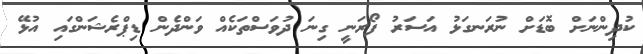
ކުދިންނަށް ބޮޑަށް ނުރަނގަޅު އަސަރު ފޯރަނީ ގިނަ ދުވަސްތަކެއް ވަންދެން ޑިޕްރެޝަންގައި އުޅޭ